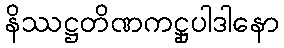
နိဿဋ္ဌတိဏကဋ္ဌုပါဒါနော